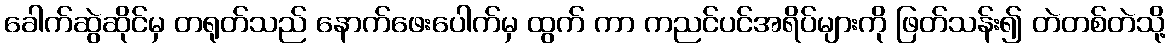
ခေါက်ဆွဲဆိုင်မှ တရုတ်သည် နောက်ဖေးပေါက်မှ ထွက် ကာ ကညင်ပင်အရိပ်များကို ဖြတ်သန်း၍ တဲတစ်တဲသို့